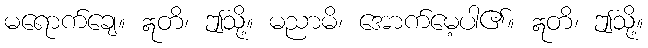
မရောက်ချေ။ ဣတိ၊ ဤသို့။ မညာမိ၊ အောက်မေ့ပါ၏။ ဣတိ၊ ဤသို့။